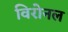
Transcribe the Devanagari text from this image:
विरोनल